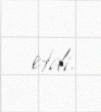
etdi.